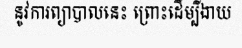
នូវការព្យាបាលនេះ ព្រោះដើម្បីងាយ